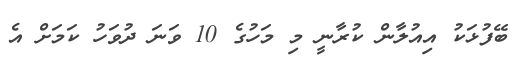
ބޭފުޅަކު އިއުލާން ކުރާނީ މި މަހުގެ 10 ވަނަ ދުވަހު ކަމަށް އެ